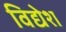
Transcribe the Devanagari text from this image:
विद्येश